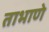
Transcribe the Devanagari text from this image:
ताभाणे